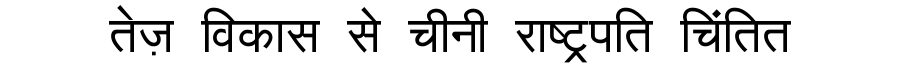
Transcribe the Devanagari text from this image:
तेज़ विकास से चीनी राष्ट्रपति चिंतित